Vaccine operations Central Provinces & Berar 1912-1920 - 1912-1920
Year: 1912
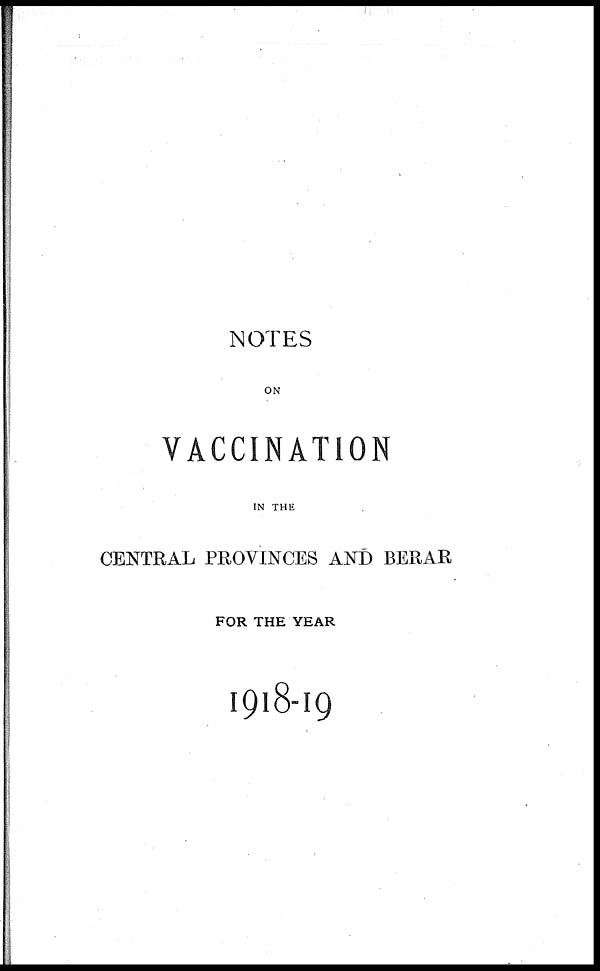
NOTES
ON
VACCINATION
IN THE
CENTRAL PROVINCES AND BERAR
FOR THE YEAR
1918-19